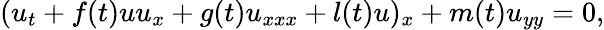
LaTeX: (u_{t}+f(t)uu_{x}+g(t)u_{xxx}+l(t)u)_{x}+m(t)u_{yy}=0,